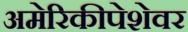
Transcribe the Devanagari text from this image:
अमेरिकीपेशेवर